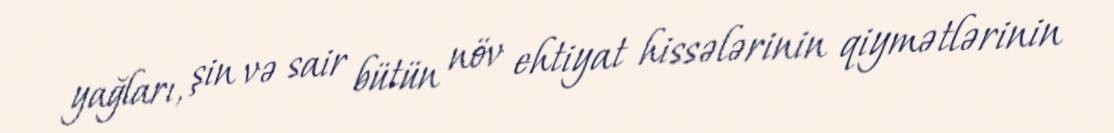
yağları, şin və sair bütün növ ehtiyat hissələrinin qiymətlərinin